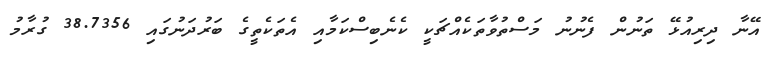
އޭނާ ދިރިއުޅޭ ތަނުން ފެނުނު މަސްތުވާތަކެއްޗަކީ ކެނެބިސްކަމާއި އެތަކެތީގެ ބަރުދަނުގައި 38.7356 ގުރާމު